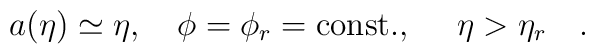
a(\eta)\simeq\eta,~~~\phi=\phi_{r}={\rm const.}, ~~~~\eta>\eta_{r}~~~.